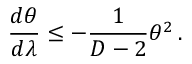
\frac { d \theta } { d \lambda } \leq - \frac { 1 } { D - 2 } \theta ^ { 2 } \, .